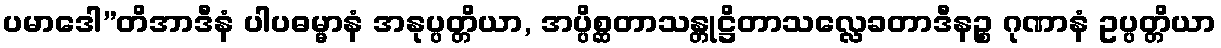
ပမာဒေါ”တိအာဒီနံ ပါပဓမ္မာနံ အနုပ္ပတ္တိယာ, အပ္ပိစ္ဆတာသန္တုဋ္ဌိတာသလ္လေခတာဒီနဉ္စ ဂုဏာနံ ဥပ္ပတ္တိယာ